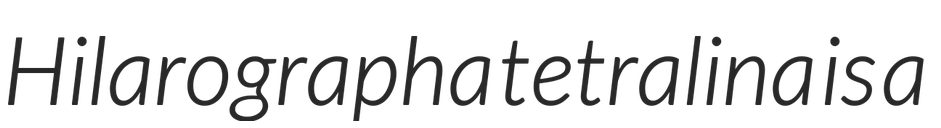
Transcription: Hilarographa tetralina is a